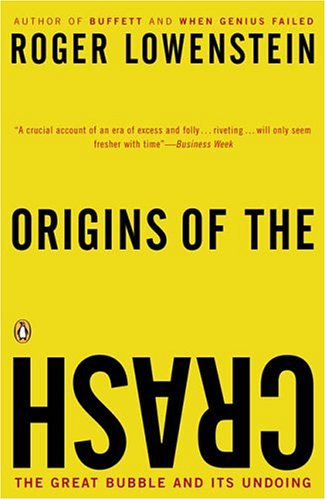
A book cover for Origins of the Crash: The Great Bubble and Its Undoing; Roger Lowenstein; Computers & Technology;